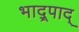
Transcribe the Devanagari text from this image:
भाद्र्पाद्